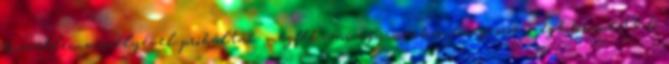
közvetlen veszélyével próbálták megfékezni egy markos, lángvörös, megbokrosodott ló